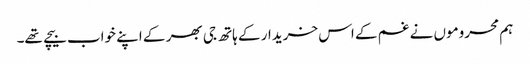
ہم محروموں نے غم کے اس خریدار کے ہاتھ جی بھر کے اپنے خواب بیچے تھے۔